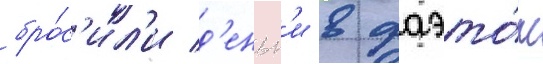
бро́с'ил'и д'еньг'и в фаэто́н